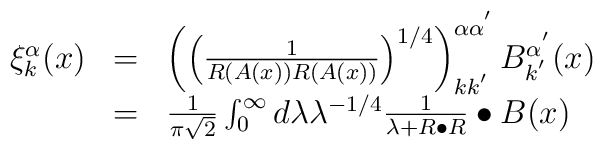
\begin{array}{ccl}\xi _k^\alpha (x) & = & \left( \left( \frac 1{R\left( A(x)\right) R\left(A(x)\right) }\right) ^{1/4}\right) _{kk^{^{\prime }}}^{\alpha \alpha^{^{\prime }}}B_{k^{^{\prime }}}^{\alpha ^{^{\prime }}}(x) \\  & = & \frac 1{\pi \sqrt{2}}\int_0^\infty d\lambda \lambda ^{-1/4}\frac1{\lambda +R\bullet R}\bullet B(x) \end{array}